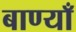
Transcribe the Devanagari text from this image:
बाण्याँ